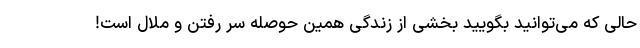
حالی که می‌توانید بگویید بخشی از زندگی همین حوصله سر رفتن و ملال است!